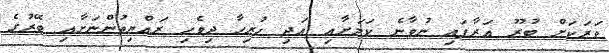
ވަރަކަށް ބުރޫ އަރާފައި ނުވާނެ ކަމަށާއި އަދި ހުރިހާ ދިވެހި ރައްޔިތުންނަށާއި ބޭރުގެ